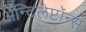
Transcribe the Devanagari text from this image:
ॲन्टिलेप्टॉन्स